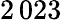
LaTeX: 2\, 023